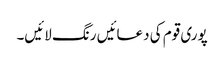
پوری قوم کی دعائیں رنگ لائیں۔